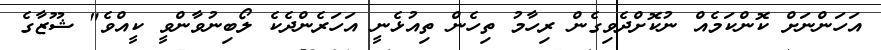
އަހަންނަށް ކޮންކަމެއް ނުކޮށްދެވިގެން ރިހާމު ތިހެން ތިއުޅެނީ އަހަރެންދެކެ ލޯބިނުވާންވީ ކީއްވެ" ޝޫޒާގެ